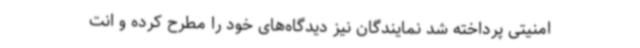
امنیتی پرداخته شد نمایندگان نیز دیدگاه‌های خود را مطرح کرده و انت